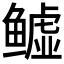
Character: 𬶬